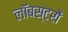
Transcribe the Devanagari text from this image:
लॉबस्टरों